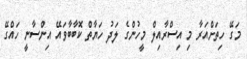
މަގޭ ހިތަށްއަރާ މި އިސްރާއިލް މީހުންގެ ލަދު ހަޔާތް ކޮބާބާވައޭ އިންސާނީ ހައްގޭ